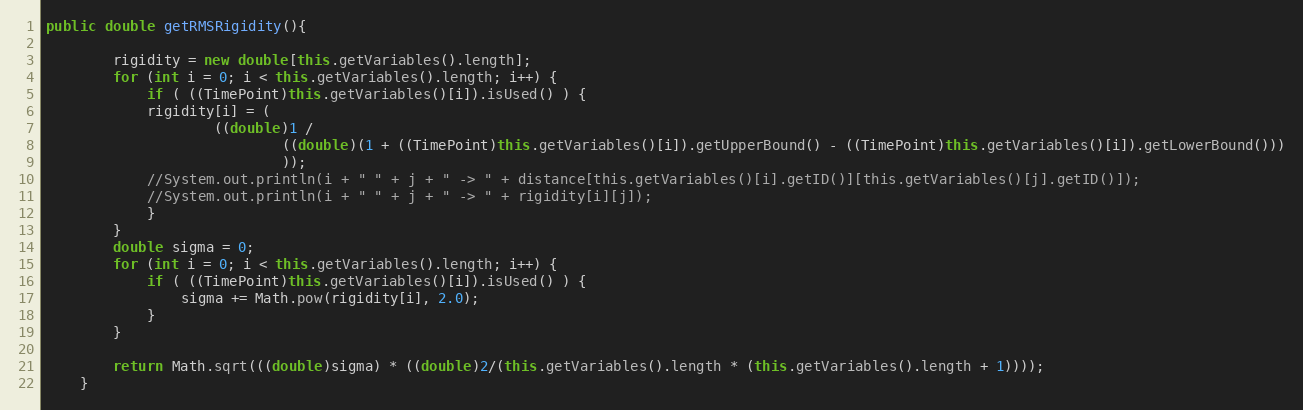
Language: Java
public double getRMSRigidity(){

		rigidity = new double[this.getVariables().length];
		for (int i = 0; i < this.getVariables().length; i++) {
			if ( ((TimePoint)this.getVariables()[i]).isUsed() ) {
			rigidity[i] = (
					((double)1 /
							((double)(1 + ((TimePoint)this.getVariables()[i]).getUpperBound() - ((TimePoint)this.getVariables()[i]).getLowerBound()))
							));
			//System.out.println(i + " " + j + " -> " + distance[this.getVariables()[i].getID()][this.getVariables()[j].getID()]);
			//System.out.println(i + " " + j + " -> " + rigidity[i][j]);
			}
		}
		double sigma = 0;
		for (int i = 0; i < this.getVariables().length; i++) {
			if ( ((TimePoint)this.getVariables()[i]).isUsed() ) {
				sigma += Math.pow(rigidity[i], 2.0);
			}
		}

		return Math.sqrt(((double)sigma) * ((double)2/(this.getVariables().length * (this.getVariables().length + 1))));
	}